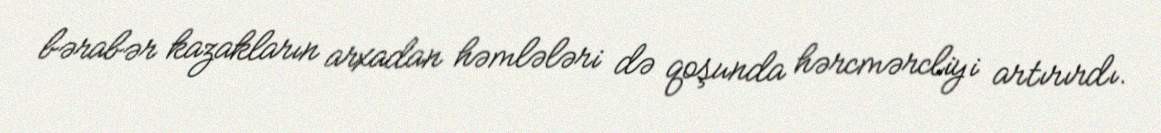
bərabər kazakların arxadan həmlələri də qoşunda hərcmərcliyi artırırdı.